Report of the Indian Hemp Drugs Commission, 1894-1895 - Volume II
Year: 1894
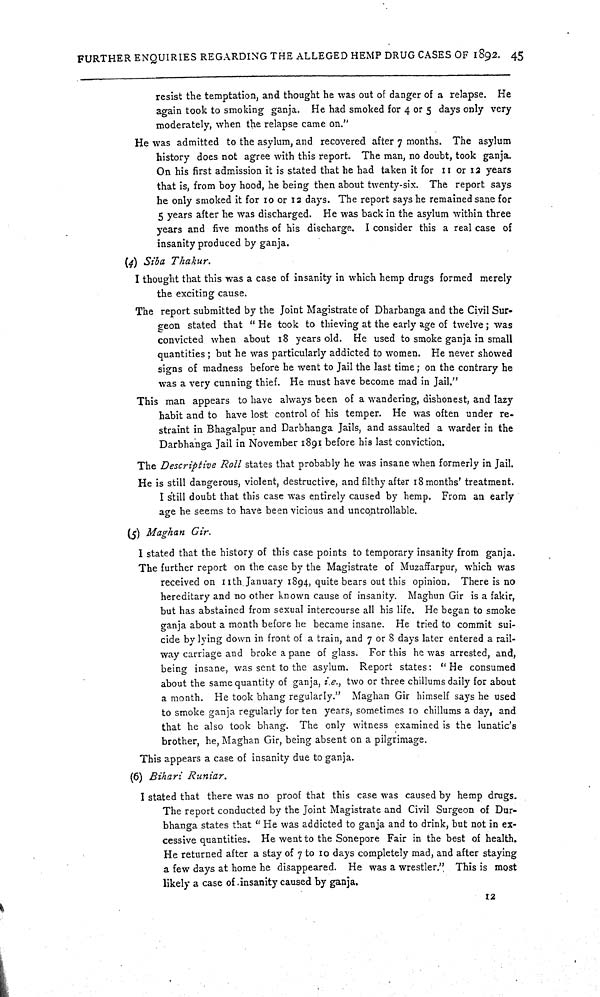
FURTHER ENQUIRIES REGARDING THE ALLEGED HEMP DRUG CASES OF 1892. 45
resist the temptation, and thought he was out of danger of a relapse. He
again took to smoking ganja. He had smoked for 4 or 5 days only very
moderately, when the relapse came on."
He was admitted to the asylum, and recovered after 7 months. The asylum
history does not agree with this report. The man, no doubt, took ganja.
On his first admission it is stated that he had taken it for 11 or 12 years
that is, from boy hood, he being then about twenty-six. The report says
he only smoked it for 10 or 12 days. The report says he remained sane for
5 years after he was discharged. He was back in the asylum within three
years and five months of his discharge. I consider this a real case of
insanity produced by ganja.
(4) Siba Thakur.
I thought that this was a case of insanity in which hemp drugs formed merely
the exciting cause.
The report submitted by the Joint Magistrate of Dharbanga and the Civil Sur-
geon stated that "He took to thieving at the early age of twelve; was
convicted when about 18 years old. He used to smoke ganja in small
quantities; but he was particularly addicted to women. He never showed
signs of madness before he went to Jail the last time; on the contrary he
was a very cunning thief. He must have become mad in Jail."
This man appears to have always been of a wandering, dishonest, and lazy
habit and to have lost control of his temper. He was often under re-
straint in Bhagalpur and Darbhanga Jails, and assaulted a warder in the
Darbhanga Jail in November 1891 before his last conviction.
The Descriptive Roll states that probably he was insane when formerly in Jail.
He is still dangerous, violent, destructive, and filthy after 18 months' treatment.
I still doubt that this case was entirely caused by hemp. From an early
age he seems to have been vicious and uncontrollable.
(5) Maghan Gir.
I stated that the history of this case points to temporary insanity from ganja.
The further report on the case by the Magistrate of Muzaffarpur, which was
received on 11th January 1894, quite bears out this opinion. There is no
hereditary and no other known cause of insanity. Maghun Gir is a fakir,
but has abstained from sexual intercourse all his life. He began to smoke
ganja about a month before he became insane. He tried to commit sui-
cide by lying down in front of a train, and 7 or 8 days later entered a rail-
way carriage and broke a pane of glass. For this he was arrested, and,
being insane, was sent to the asylum. Report states: "He consumed
about the same quantity of ganja, i.e., two or three chillums daily for about
a month. He took bhang regularly." Maghan Gir himself says he used
to smoke ganja regularly for ten years, sometimes 10 chillums a day, and
that he also took bhang. The only witness examined is the lunatic's
brother, he, Maghan Gir, being absent on a pilgrimage.
This appears a case of insanity due to ganja.
(6) Bihari
Runiar.
I stated that there was no proof that this case was caused by hemp drugs.
The report conducted by the Joint Magistrate and Civil Surgeon of Dur-
bhanga states that "He was addicted to ganja and to drink, but not in ex-
cessive quantities. He went to the Sonepore Fair in the best of health.
He returned after a stay of 7 to 10 days completely mad, and after staying
a few days at home he disappeared. He was a wrestler." This is most
likely a case of insanity caused by ganja.
12